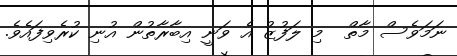
ނަމަވެސް މާތް  މި ލަފުޒު އެ ވަނީ އިބާރާތުން އުނި ކުރެވިފައެވެ.